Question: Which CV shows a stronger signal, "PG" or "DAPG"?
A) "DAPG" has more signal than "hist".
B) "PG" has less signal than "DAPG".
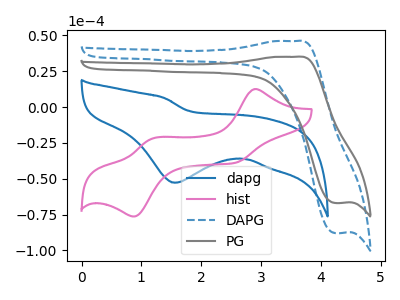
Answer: <think>The blue curve "dapg" has a cathodic peak at: (1.55V, -52.80uA). The pink curve "hist" has anodic peaks at (2.90V, 12.55uA) (1.20V, -22.05uA) and cathodic peaks at (2.60V, -38.80uA) (0.90V, -76.30uA). The blue dashed curve "DAPG" has an anodic peak at (3.60V, 46.10uA) and a cathodic peak at (4.25V, -87.95uA). The gray curve "PG" has an anodic peak at (3.60V, 35.05uA) and a cathodic peak at (4.25V, -66.95uA).
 All the peaks in "PG" have a peak in "DAPG" at the same potential. Every peak in "PG" is lower than every peak in "DAPG".</think>
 <answer>B) "PG" has less signal than "DAPG".</answer>
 <eval>B</eval>